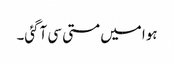
ہوا میں مستی سی آگئی۔